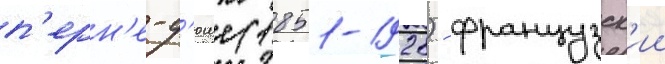
п'ерн'е-д'юше (1851-1928) - французск'ии